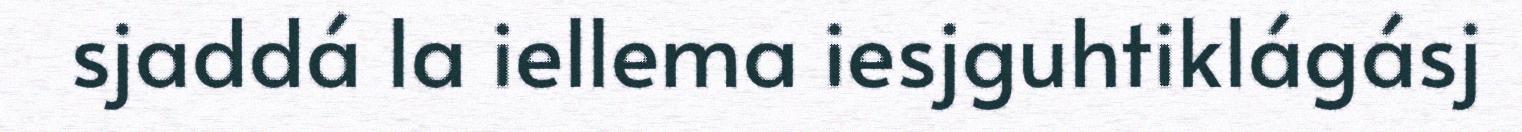
sjaddá la iellema iesjguhtiklágásj